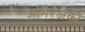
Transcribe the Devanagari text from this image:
अभिरंजकी